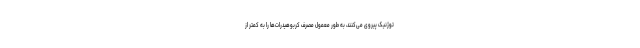
توژنیک پیروی می‌کنند، به طور معمول مصرف کربوهیدرات‌ها را به کمتر از